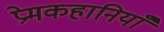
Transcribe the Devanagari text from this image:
प्रेमकहानियाँ